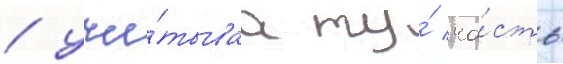
/ учи́тываа ту́ ча́сть